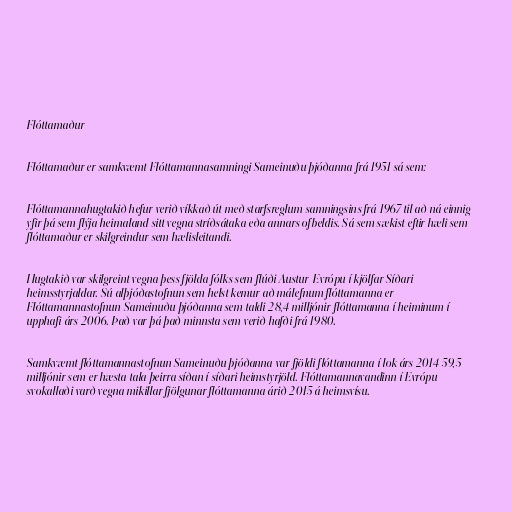
Flóttamaður

Flóttamaður er samkvæmt Flóttamannasamningi Sameinuðu þjóðanna frá 1951 sá sem:

Flóttamannahugtakið hefur verið víkkað út með starfsreglum samningsins frá 1967 til að ná einnig
yfir þá sem flýja heimaland sitt vegna stríðsátaka eða annars ofbeldis. Sá sem sækist eftir hæli sem
flóttamaður er skilgreindur sem hælisleitandi.

Hugtakið var skilgreint vegna þess fjölda fólks sem flúði Austur-Evrópu í kjölfar Síðari
heimsstyrjaldar. Sú alþjóðastofnun sem helst kemur að málefnum flóttamanna er
Flóttamannastofnun Sameinuðu þjóðanna sem taldi 28,4 milljónir flóttamanna í heiminum í
upphafi árs 2006. Það var þá það minnsta sem verið hafði frá 1980.

Samkvæmt flóttamannastofnun Sameinuðu þjóðanna var fjöldi flóttamanna í lok árs 2014 59,5
milljónir sem er hæsta tala þeirra síðan í síðari heimstyrjöld. Flóttamannavandinn í Evrópu
svokallaði varð vegna mikillar fjölgunar flóttamanna árið 2015 á heimsvísu.